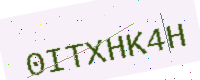
Text: 0ITXHK4H